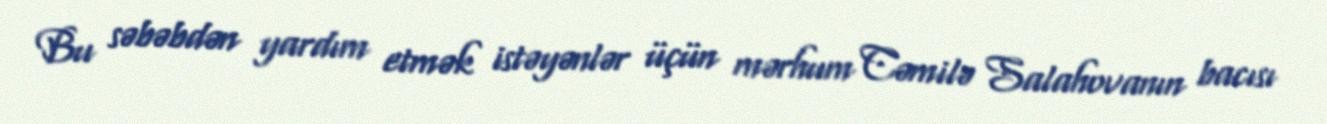
Bu səbəbdən yardım etmək istəyənlər üçün mərhum Cəmilə Salahovanın bacısı